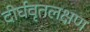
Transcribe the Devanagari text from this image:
दीर्घवृतलक्षण